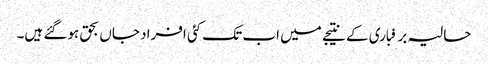
حالیہ برفباری کے نتیجے میں اب تک کئی افراد جاں بحق ہوگئے ہیں۔